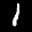
Label: 1